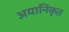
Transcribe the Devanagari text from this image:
अयानिकृत